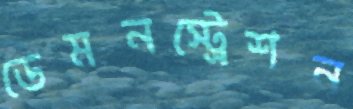
ডেমনস্ট্রেশন